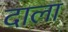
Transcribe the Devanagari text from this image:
दाला